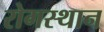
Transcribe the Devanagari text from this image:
रोगस्थान